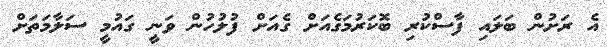
އެ ރަށުން ބަލައި ފާސްކުރި ބޮކަރުމަގެއަށް ގެއަށް ފުލުހުން ވަނީ ގައުމީ ސަލާމަތަށް